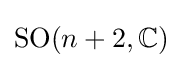
\mathrm {SO} (n+2,\mathbb {C} )